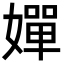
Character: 嬋